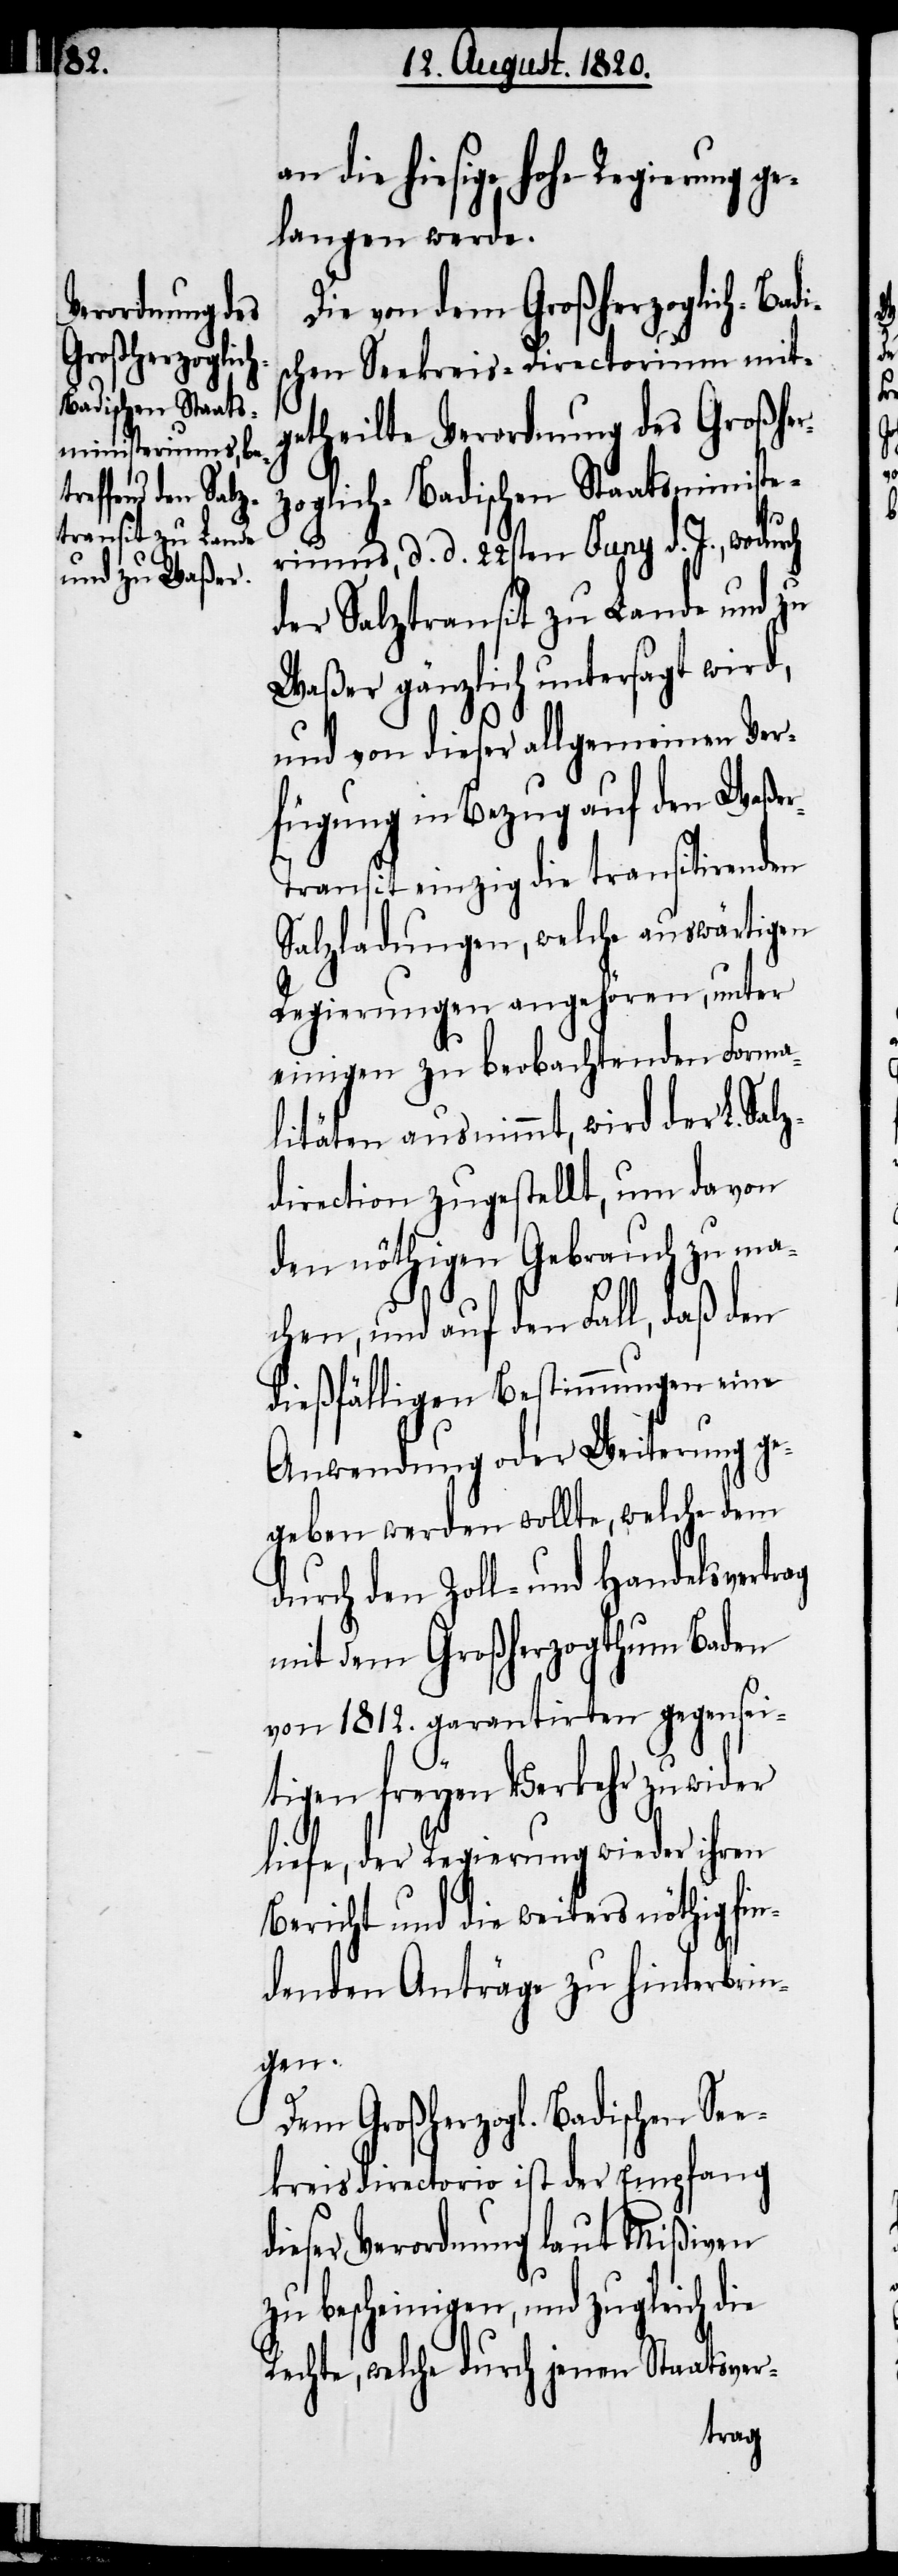
an die hiesige hohe Regierung g¬
elangen werde.
Die von dem Großherzoglich-Badi¬
schen Seekreis-Directorium mit¬
getheilte Verordnung des Großher¬
zoglich-Badischen Staatsministe¬
riums, d. d. 22sten Juny d. J., wodurch
der Salztransit zu Lande und zu
Waßer gänzlich untersagt wird,
und von dieser allgemeinen Ver¬
fügung in Bezug auf den Waße¬
r-Transit einzig die transitirenden
Salzladungen, welche auswärtigen
Regierungen angehören, unter
einigen zu beobachtenden Forma¬
litäten ausnimmt, wird der L. Sal¬
zdirection zugestellt, um davon
den nöthigen Gebrauch zu ma¬
chen, und auf den Fall, daß den
dießfälligen Bestimmungen eine
Anwendung oder Weiterung ge¬
geben werden wollte, welche dem
durch den Zoll- und Handelsvertrag
mit dem Großherzogthum Baden
von 1812. garantirten gegensei¬
tigen freyen Verkehr zuwider
liefe, der Regierung wieder ihren
Bericht und die weiters nöthig fin¬
denden Anträge zu hinterbrin¬
gen.
Dem Großherzogl. Badischen Se¬
ekreisdirectorio ist der Empfang
dieser Verordnung laut Mißiven
zu bescheinigen, und zugleich die
Rechte, welche durch jenen Staatsver-